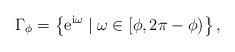
LaTeX: \begin{align*}\Gamma_\phi = \left\{ {\rm e}^{{\rm i} \omega }\mid \omega \in [\phi,2 \pi-\phi)\right\},\end{align*}